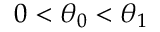
0 < \theta _ { 0 } < \theta _ { 1 }